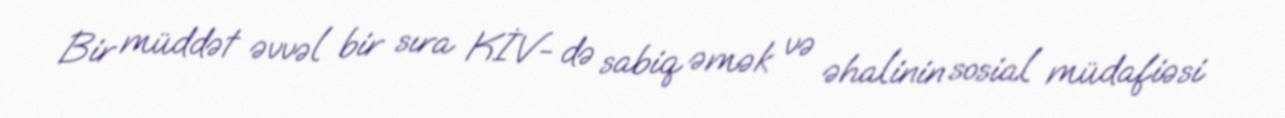
Bir müddət əvvəl bir sıra KİV- də sabiq əmək və əhalinin sosial müdafiəsi